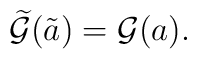
\widetilde {\cal G} (\tilde a)={\cal G}(a).